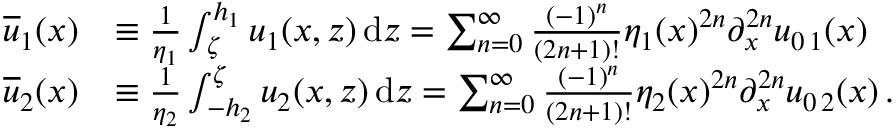
\begin{array} { r l } { { \overline { { u } } } _ { 1 } ( x ) } & { \equiv \frac { 1 } { \eta _ { 1 } } \int _ { \zeta } ^ { h _ { 1 } } u _ { 1 } ( x , z ) \, \mathrm { d } z = \sum _ { n = 0 } ^ { \infty } \frac { ( - 1 ) ^ { n } } { ( 2 n + 1 ) ! } \eta _ { 1 } ( x ) ^ { 2 n } \partial _ { x } ^ { 2 n } u _ { 0 \, 1 } ( x ) \, } \\ { { \overline { { u } } } _ { 2 } ( x ) } & { \equiv \frac { 1 } { \eta _ { 2 } } \int _ { - h _ { 2 } } ^ { \zeta } u _ { 2 } ( x , z ) \, \mathrm { d } z = \sum _ { n = 0 } ^ { \infty } \frac { ( - 1 ) ^ { n } } { ( 2 n + 1 ) ! } \eta _ { 2 } ( x ) ^ { 2 n } \partial _ { x } ^ { 2 n } u _ { 0 \, 2 } ( x ) \, . } \end{array}